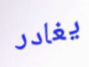
يغادر